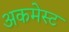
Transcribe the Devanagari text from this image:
अकमेस्ट